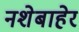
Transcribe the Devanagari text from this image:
नशेबाहेर